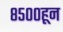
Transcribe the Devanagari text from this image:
८५००हून